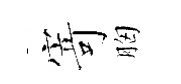
𭔃胸